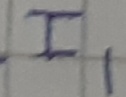
Text: I1